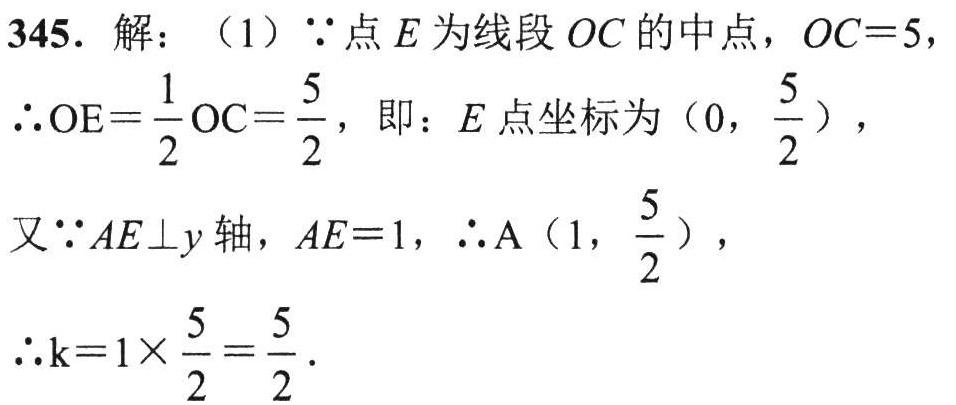
345. 解：（1）\(\because\)点\(E\)为线段\(OC\)的中点，\(OC = 5\)，

\(\therefore OE=\frac{1}{2}OC=\frac{5}{2}\)，即：\(E\)点坐标为\((0,\frac{5}{2})\)，

又\(\because AE\perp y\)轴，\(AE = 1\)，\(\therefore A(1,\frac{5}{2})\)，

\(\therefore k = 1\times\frac{5}{2}=\frac{5}{2}\)．